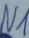
Text: N1